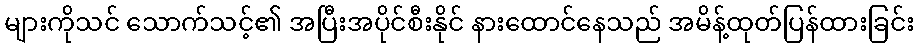
များကိုသင် သောက်သင့်၏ အပြီးအပိုင်စီးနိုင် နားထောင်နေသည် အမိန့်ထုတ်ပြန်ထားခြင်း